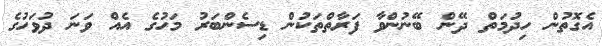
އެގޮތުން ހިދުމަތް ދޭން ބޭނުންވާ ފަރާތްތަކުން ޑިސެންބަރު މަހުގެ އެއް ވަނަ ދުވަހުގެ